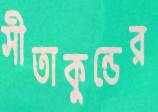
সীতাকুন্ডের